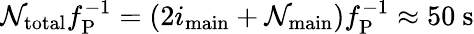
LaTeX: \mathcal{N}_{\mathrm{{total}}}f_{\mathrm{{P}}}^{-1}=(2i_{\mathrm{{main}}}+\mathcal{N}_{\mathrm{{main}}})f_{\mathrm{{P}}}^{-1}\approx50~\mathrm{{s}}